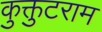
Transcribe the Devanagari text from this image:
कुक्तुटराम